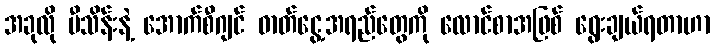
အခုလို မီသိန်းနဲ့ အောက်စီဂျင် ဓာတ်ငွေ့အရည်တွေကို လောင်စာအဖြစ် ရွေးချယ်ရတာဟာ